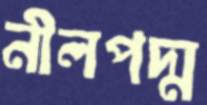
নীলপদ্ম